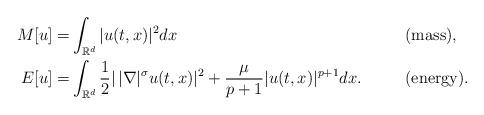
LaTeX: \begin{align*}M[u]=&\int_{\mathbb R^d} |u(t,x)|^2dx&&\textup{(mass)},\\E[u]=&\int_{\mathbb R^d}\frac{1}{2}|\,|\nabla|^{\sigma}u(t,x)|^2+\frac{\mu}{p+1}|u(t,x)|^{p+1}dx.&&\textup{(energy)}.\end{align*}